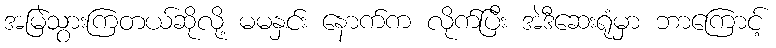
အမြဲသွားကြတယ်ဆိုလို့ မမနှင်း နောက်က လိုက်ပြီး အဲဒီဆေးရုံမှာ ဘာကြောင့်